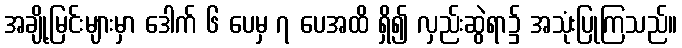
အချို့မြင်းများမှာ ဒေါက် ၆ ပေမှ ၇ ပေအထိ ရှိ၍ လှည်းဆွဲရာ၌ အသုံးပြုကြသည်။